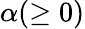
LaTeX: \alpha(\geq 0)